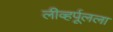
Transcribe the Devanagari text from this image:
लीव्हर्पूलला